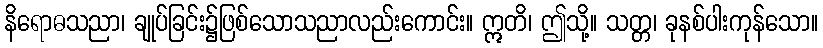
နိရောဓသညာ၊ ချုပ်ခြင်း၌ဖြစ်သောသညာလည်းကောင်း။ ဣတိ၊ ဤသို့။ သတ္တ၊ ခုနစ်ပါးကုန်သော။